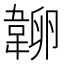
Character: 𰆔